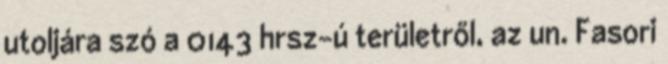
utoljára szó a 0143 hrsz-ú területről, az un. Fasori